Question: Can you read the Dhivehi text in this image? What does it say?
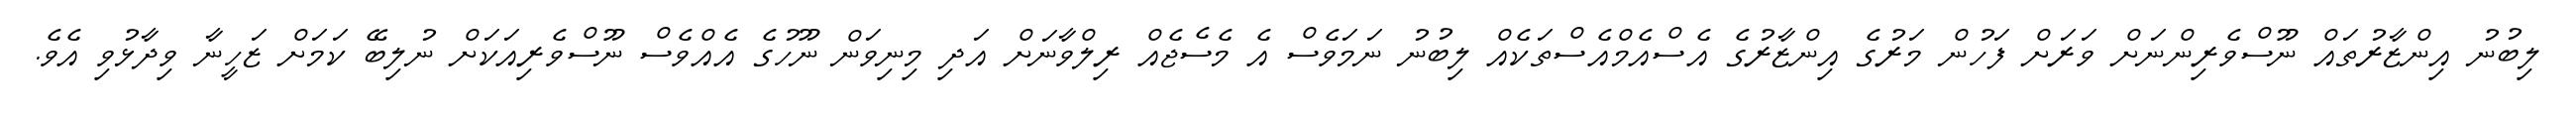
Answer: ލިބުނު އިންޒާރުތައް ނޫސްވެރިންނަށް ވަރަށް ފަހުން މަރުގެ އިންޒާރުގެ އެސްއެމްއެސްތަކެއް ލިބުނު ނަމަވެސް އެ މެސެޖެއް ރިލްވާނަށް އަދި މިނިވަން ނޫހުގެ އެއްވެސް ނޫސްވެރިއަކަށް ނުލިބޭ ކަމަށް ޒަހީނާ ވިދާޅުވި އެވެ.